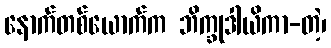
နောက်တစ်ယောက်က ဘိက္ခုဒါယိကာ-တဲ့၊